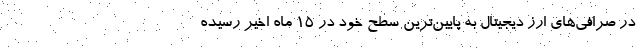
در صرافی‌های ارز دیجیتال به پایین‌ترین سطح خود در ۱۵ ماه اخیر رسیده